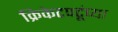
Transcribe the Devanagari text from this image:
क्रिकेटपटूंच्या